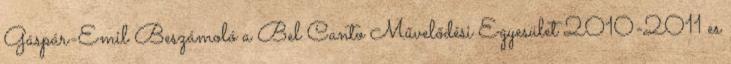
Gáspár-Emil Beszámoló a Bel Canto Művelődési Egyesület 2010-2011 es